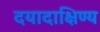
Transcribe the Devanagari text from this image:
दयादाक्षिण्य